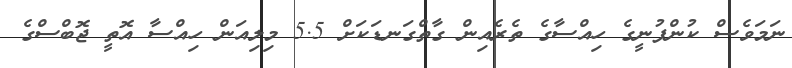
ނަމަވެސް ކުންފުނީގެ ހިއްސާގެ ތެރެއިން ގާތްގަނޑަކަށް 5.5 މިލިއަން ހިއްސާ އޮތީ ޖޮބްސްގެ